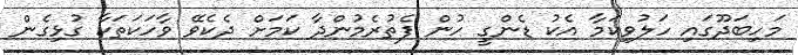
މަހިބަދޫގައި ހަލުވިކަމާ އެކު ޑެންގީ ހުން ފެތުރެމުންދާ ކަމަށް ދެކެވޭ ވާހަކަތަކާ ގުޅިގެން